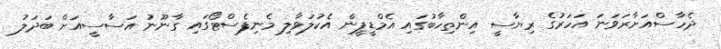
ދެހާސްއަށާރަވަނަ އަހަރުގެ ރިޔާސީ އިންތިހާބުގައި އެމްޑީޕީން އެކުލަވާލި މެނިފެސްޓޯގައި ގާނޫނު އަސާސީއަށް ބަދަލު